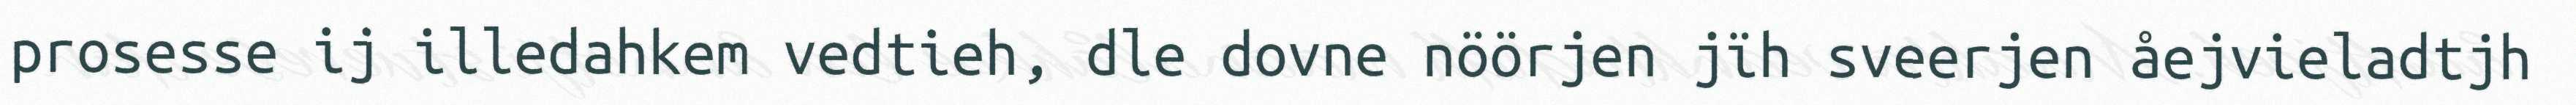
prosesse ij illedahkem vedtieh, dle dovne nöörjen jïh sveerjen åejvieladtjh